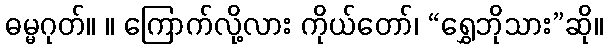
ဓမ္မဂုတ်။ ။ ကြောက်လို့လား ကိုယ်တော်၊ “ရွှေဘိုသား”ဆို။